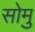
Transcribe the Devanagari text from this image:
सोमु